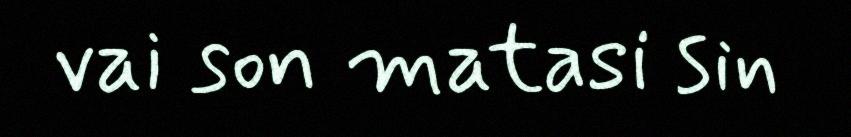
vai son matasi sin